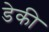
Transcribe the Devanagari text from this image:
डेकी